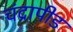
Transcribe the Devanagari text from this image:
चंद्रापीड